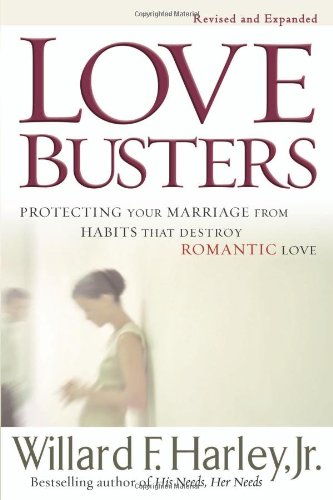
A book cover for Love Busters: Protecting Your Marriage from Habits That Destroy Romantic Love; Willard F. Jr. Harley; Parenting & Relationships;